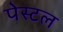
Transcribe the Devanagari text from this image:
पेस्‍टल